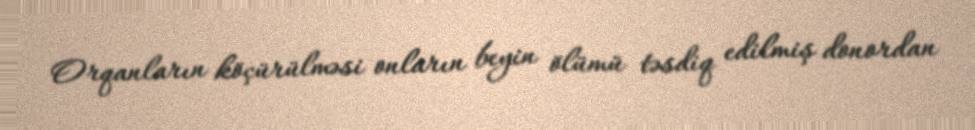
Orqanların köçürülməsi onların beyin ölümü təsdiq edilmiş donordan